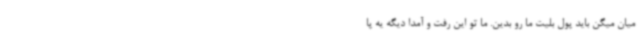
میان میگن باید پول بلیت ما رو بدین. ما تو این رفت و آمدا دیگه یه پا